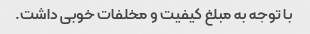
با توجه به مبلغ کیفیت و مخلفات خوبی داشت.